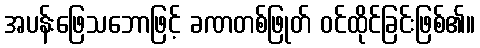
အပန်းဖြေသဘောဖြင့် ခဏတစ်ဖြုတ် ဝင်ထိုင်ခြင်းဖြစ်၏။